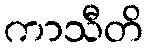
ကာသီတိ